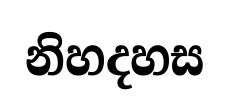
නිහදහස